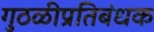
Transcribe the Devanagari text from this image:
गुठळीप्रतिबंधक